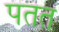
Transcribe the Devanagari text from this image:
पतत